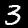
Digit: 3